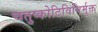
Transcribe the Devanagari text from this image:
चतुष्कोटिविनिर्मुक्त